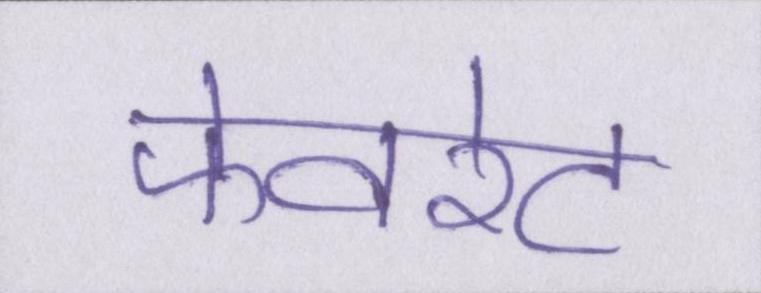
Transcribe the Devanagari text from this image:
फेवरेट